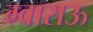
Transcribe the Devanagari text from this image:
ग्वाराऊ